Indian journal of veterinary science and animal husbandry - Volumes 26-27, 1956-1957
Year: 1956
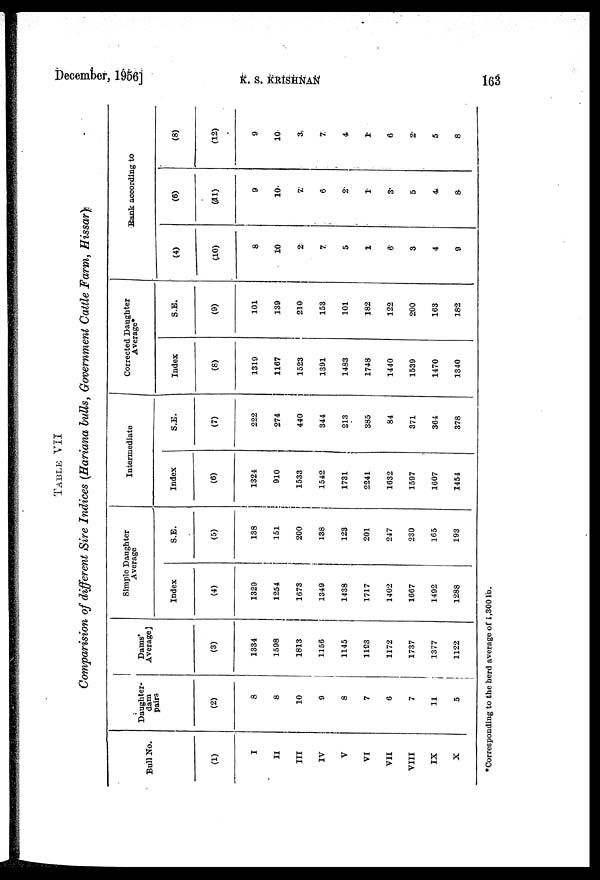
December, 1956]
K.
S.
KRISHNAN
163
TABLE VII
Comparision of different Sire Indices (Hariana bulls, Government Cattle Farm, Hissar)
Bull No.
(1)
I
II
III
IV
V
VI
VII
VIII
IX
X
Daughter-
dam
pairs
(2)
8
8
10
9
8
7
6
7
11
5
Dams'
Average
(3)
1334
1598
1813
1156
1145
1193
1172
1737
1377
1122
Simple Daughter
Average
Index
(4)
1329
1254
1673
1349
1438
1717
1402
1667
1492
1288
S.E.
(5)
138
151
200
138
123
201
247
230
165
193
Intermediate
Index
(6)
1324
910
1533
1542
1731
2241
1632
1597
1607
1454
S.E.
(7)
222
274
440
344
213
385
84
371
364
378
Corrected Daughter
Average*
Index
(8)
1319
1167
1523
1391
1483
1748
1440
1539
1470
1340
S.E.
(9)
101
139
210
153
101
182
122
200
163
182
Bank according to
(4)
(10)
8
10
2
7
5
1
6
3
4
9
(6)
(11)
9
10
7
6
2
1
3
5
4
8
(8)
(12)
9
10
3
7
4
1
6
2
5
8
*Corresponding to the herd average of 1,300 lb.